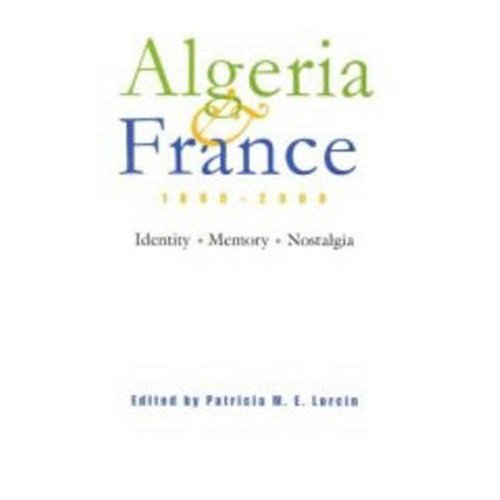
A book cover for Algeria and France, 1800-2000: Identity, Memory, Nostalgia (Modern Intellectual and Political History of the Middle East); Patricia Lorcin; History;